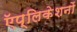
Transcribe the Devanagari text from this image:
ऍप्लिकेशनों